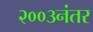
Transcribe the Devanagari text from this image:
२००३नंतर